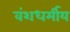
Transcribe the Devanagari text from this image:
वंशधर्मीय